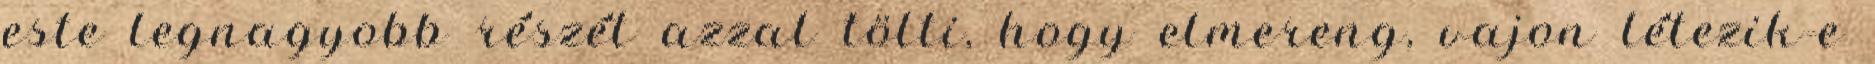
este legnagyobb részét azzal tölti, hogy elmereng, vajon létezik-e